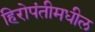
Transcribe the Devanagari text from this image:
हिरोपंतीमधील